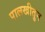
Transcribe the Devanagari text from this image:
पालखीतुन